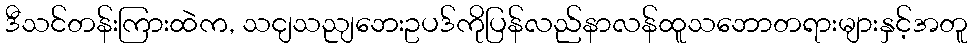
ဒီသင်တန်းကြားထဲက, သငျသညျဘေးဥပဒ်ကိုပြန်လည်နာလန်ထူသဘောတရားများနှင့်အတူ